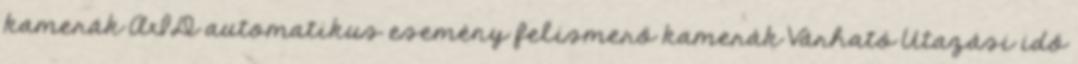
kamerák AID automatikus esemény felismerő kamerák Várható Utazási idő